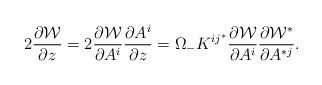
LaTeX: \begin{align*}2 {\partial {\cal W} \over \partial z} =2 {\partial {\cal W} \over \partial A^i}{\partial A^i \over \partial z} = \Omega_{-}K^{ i j^*} {\partial {\cal W} \over \partial A^i}\frac{\partial {\cal W}^*}{ \partial A^{*j}}.\end{align*}